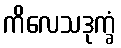
ကိလေသဒုက္ခံ